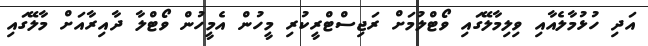
އަދި ހުޅުމާލެއާއި ވިލިމާލޭގައި ވޯޓްލުމަށް ރަޖިސްޓްރީކުރި މީހުން އެމީހުން ވޯޓްލާ ދާއިރާއަށް މާލޭގައި